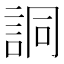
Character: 詷